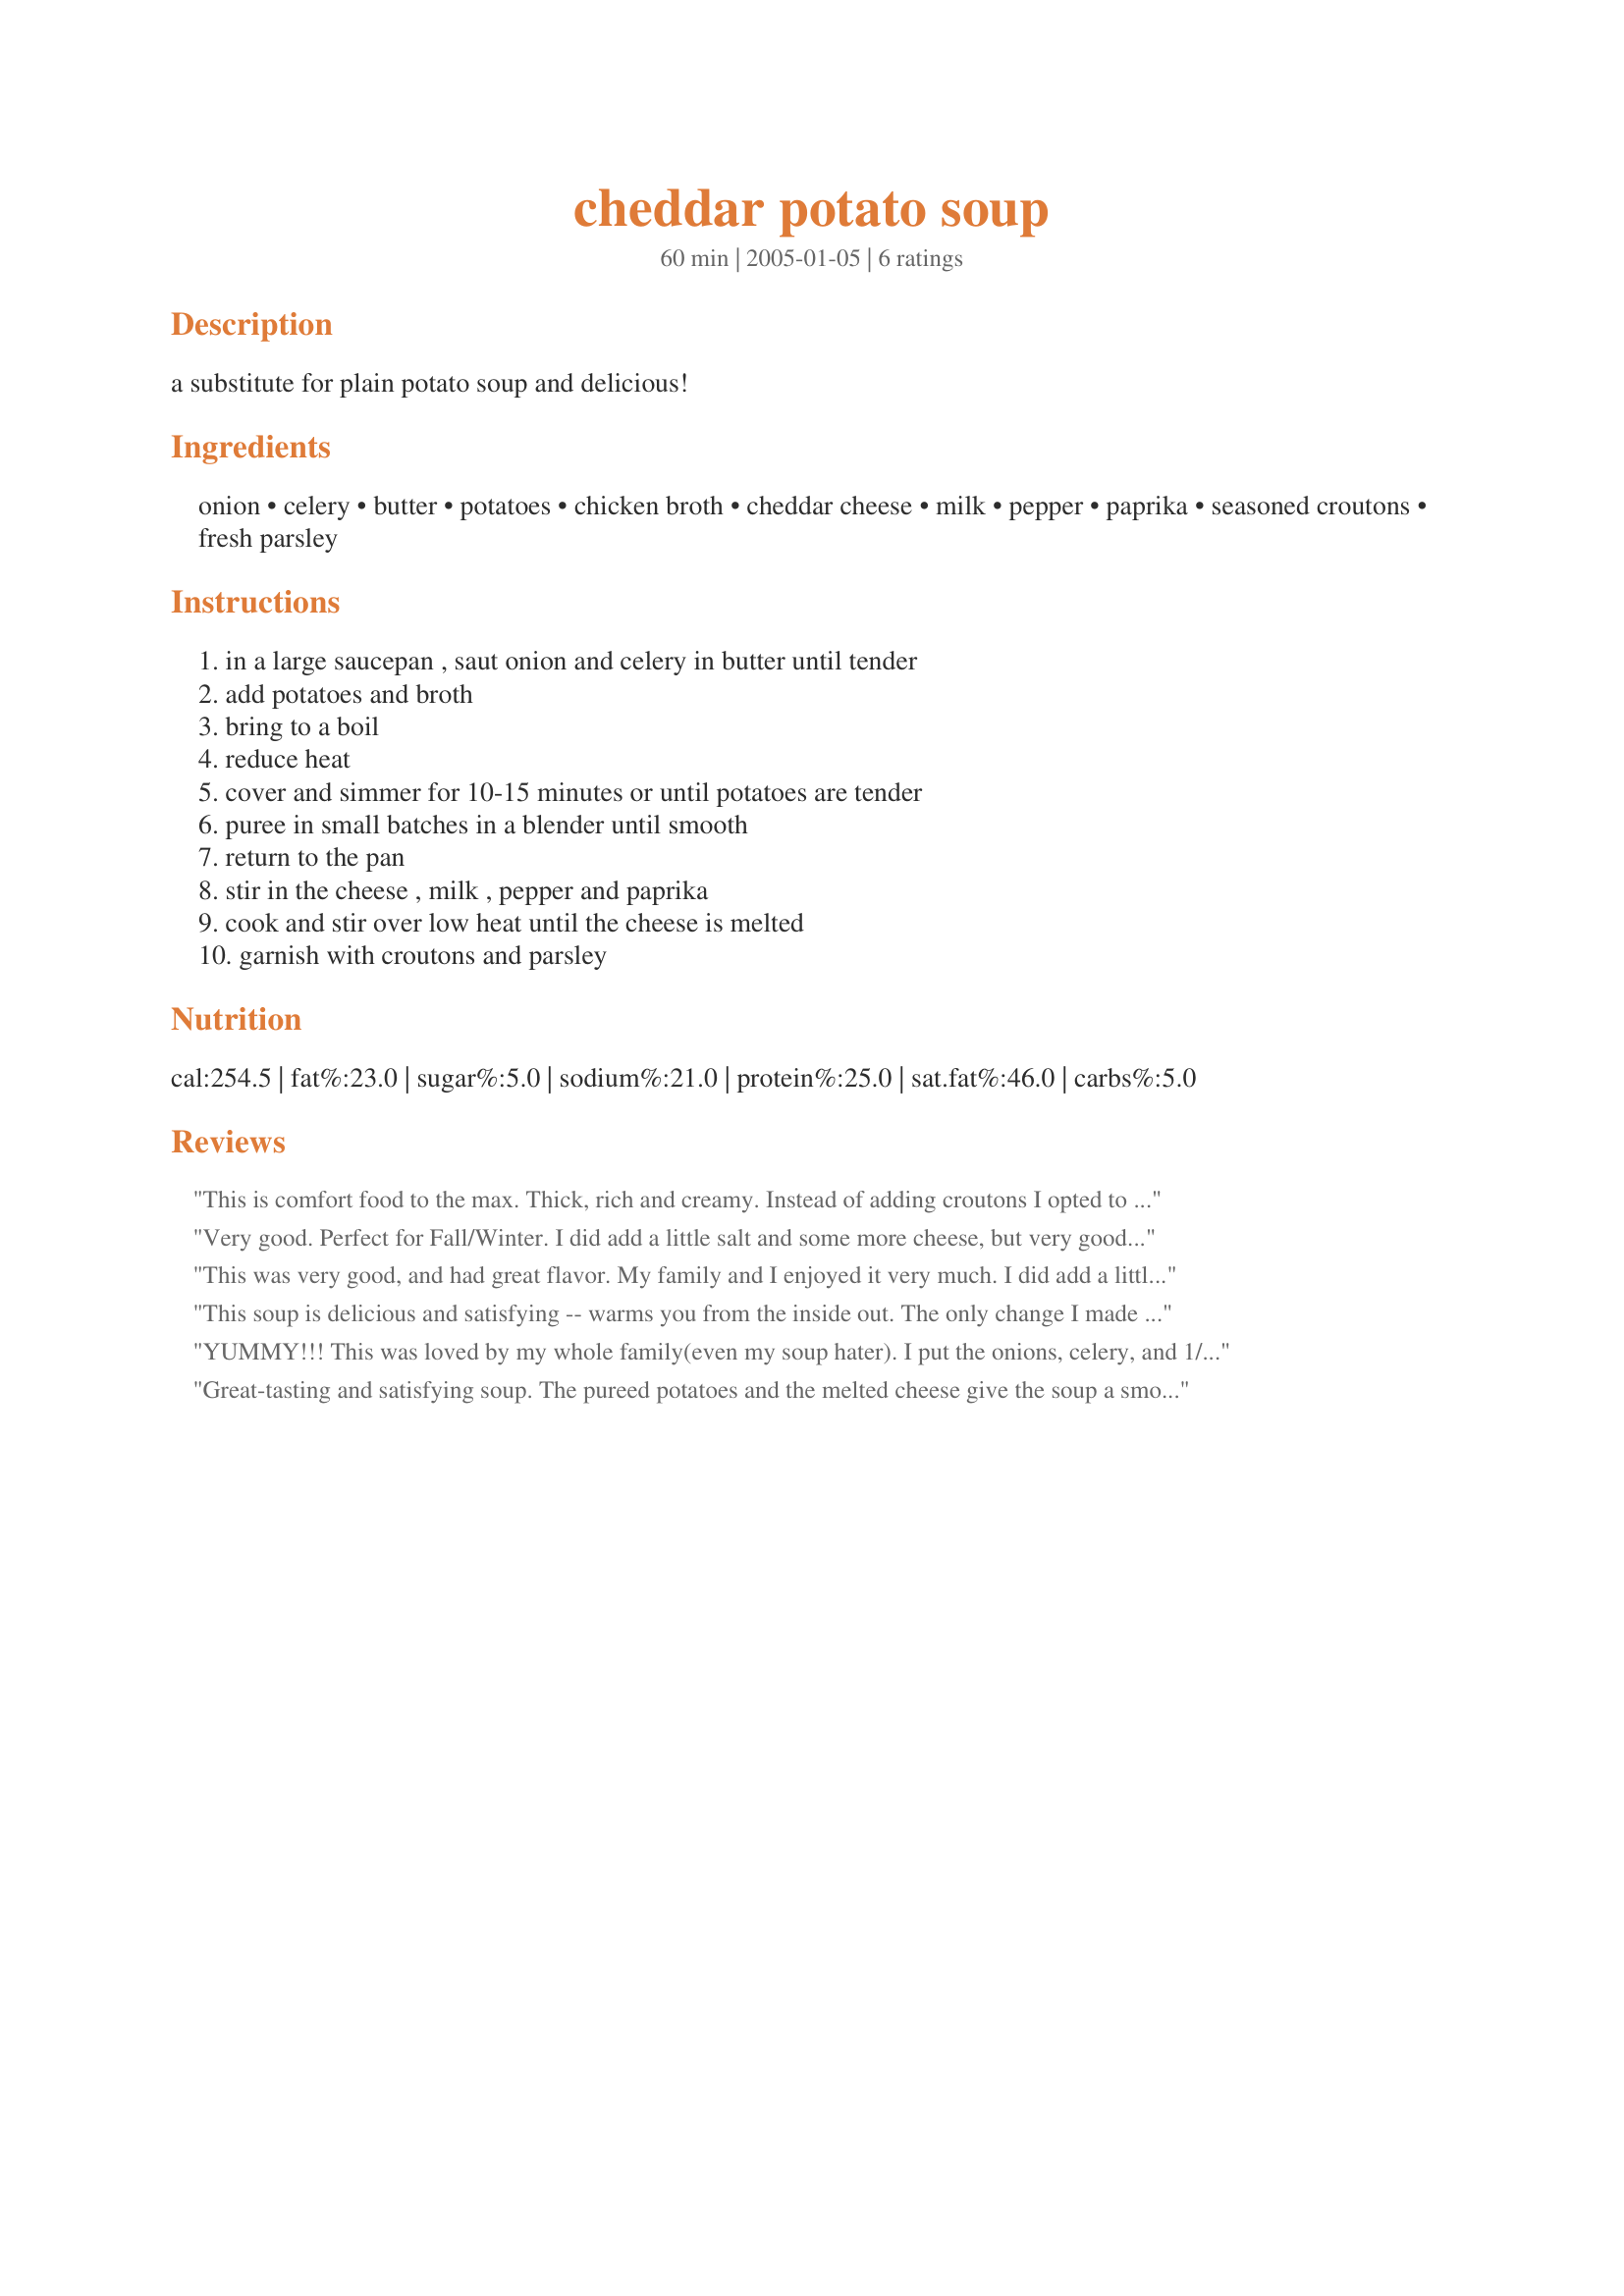
cheddar potato soup
Preparation time: 60 minutes

a substitute for plain potato soup and delicious!

Ingredients:
onion, celery, butter, potatoes, chicken broth, cheddar cheese, milk, pepper, paprika, seasoned croutons, fresh parsley

Steps:
in a large saucepan , saut onion and celery in butter until tender, add potatoes and broth, bring to a boil, reduce heat, cover and simmer for 10-15 minutes or until potatoes are tender, puree in small batches in a blender until smooth, return to the pan, stir in the cheese , milk , pepper and paprika, cook and stir over low heat until the cheese is melted, garnish with croutons and parsley

Reviews:
This is comfort food to the max. Thick, rich and creamy. Instead of adding croutons I opted to throw in a little ground sausage as DS think's he needs meat in every meal. :-) Fantastic!!!
Made for ZaarStars.
Very good. Perfect for Fall/Winter. I did add a little salt and some more cheese, but very good as is. Will definately make again. Thank you.
This was very good, and had great flavor. My family and I enjoyed it very much. I did add a little more potatoes, milk and broth to make a little more than what the recipe stated but it turned out fine. I did add a little grated cheese as a garnish instead of the crutons, and enjoyed it tremendously. Thanks!
This soup is delicious and satisfying -- warms you from the inside out. The only change I made was adding salt - otherwise I wouldn't change a thing. I loved this and will definitely make it again!
YUMMY!!! This was loved by my whole family(even my soup hater). I put the onions, celery, and 1/3 of the potatoes in the blender and left the rest of the potatoes in pieces(we like bigger pieces). This way my picky kids did not know that there were onions or celery in it. I will make this again and again. Made for ZWT 07
Great-tasting and satisfying soup. The pureed potatoes and the melted cheese give the soup a smooth, velvet-like texture. I used sharp cheddar cheese. I think some sweet carrots would be great in this soup, too! I will try that sometime. Thanx for a great soup!
